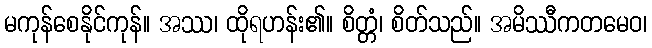
မကုန်စေနိုင်ကုန်။ အဿ၊ ထိုရဟန်း၏။ စိတ္တံ၊ စိတ်သည်။ အမိဿီကတမေဝ၊